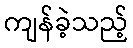
ကျန်ခဲ့သည့်